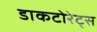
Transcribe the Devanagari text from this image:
डाकटोरेट्स